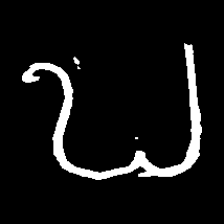
Pyu character \u2014 Myanmar letter: ဎ (romanized: ddha)